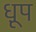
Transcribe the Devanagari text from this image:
ध़ूप